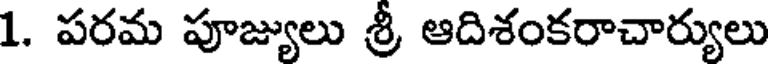
1. పరమ పూజ్యులు శ్రీ ఆదిశంకరాచార్యులు